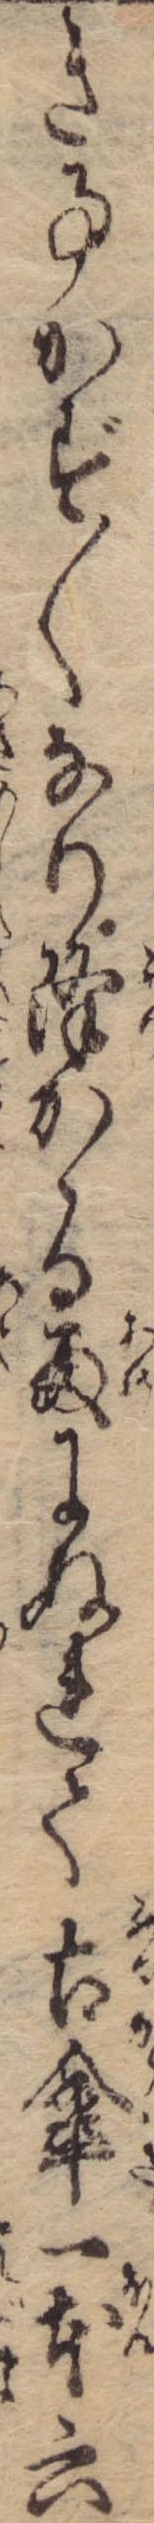
き事かず〱なり降かゝる雨にぬれて古傘一本六